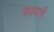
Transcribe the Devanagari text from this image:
सामत्रे